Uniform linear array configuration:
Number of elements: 8
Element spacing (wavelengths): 1
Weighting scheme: hamming
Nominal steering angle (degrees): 0
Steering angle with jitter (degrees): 0.8826
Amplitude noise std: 0.05
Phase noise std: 0.05

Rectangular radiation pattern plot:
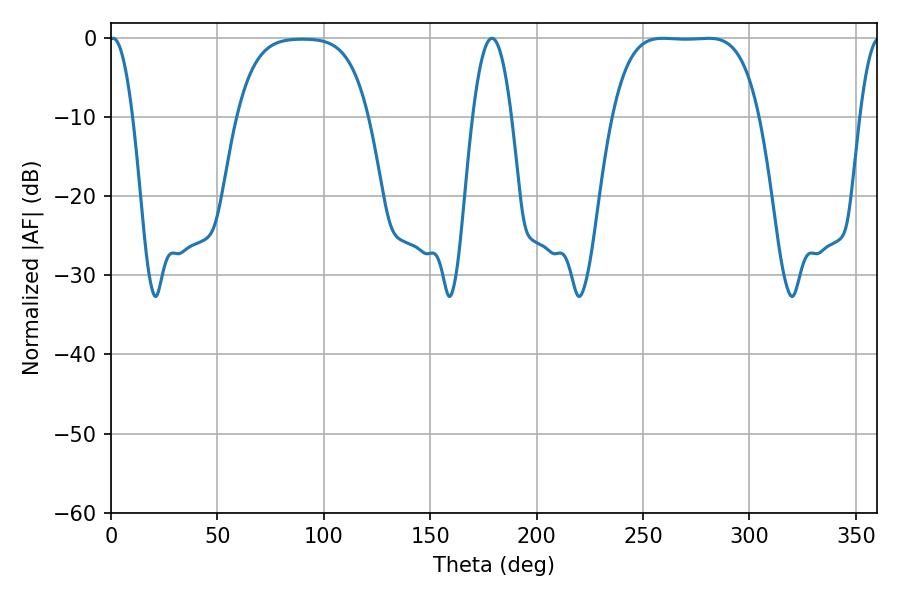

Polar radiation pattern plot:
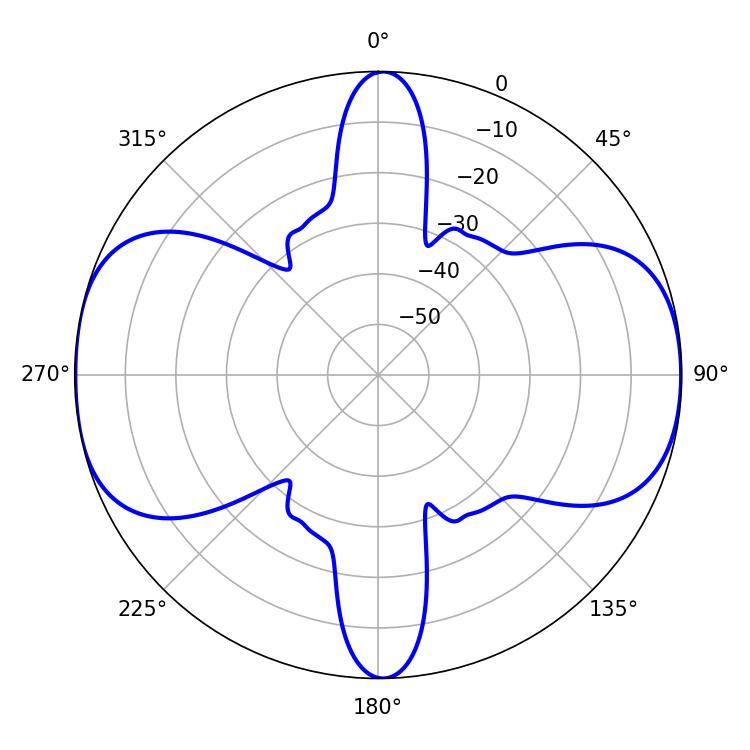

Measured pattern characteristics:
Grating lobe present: TRUE
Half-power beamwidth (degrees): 52.92
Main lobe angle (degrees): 259.38